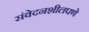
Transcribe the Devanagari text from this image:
संवेदनशीलपणे